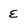
Character: E